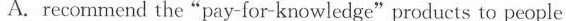
A.recommend the "pay-for-knowledge"products to people